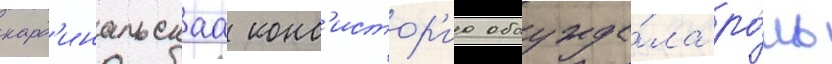
кард'инальскаа конс'истор'иа обсужда́ла ро́ль